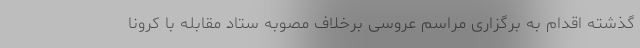
گذشته اقدام به برگزاری مراسم عروسی برخلاف مصوبه ستاد مقابله با کرونا